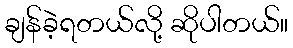
ချန်ခဲ့ရတယ်လို့ ဆိုပါတယ်။